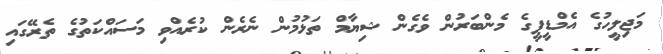
މަޖިލީހުގެ އެމްޑީޕީގެ މެންބަރުން ވެގެން ޝިޔާމް ތަޅުމުން ނެރެން ކުރެއްވި މަސައްކަތުގެ ތެރޭގައި